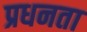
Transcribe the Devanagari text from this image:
प्रधनता